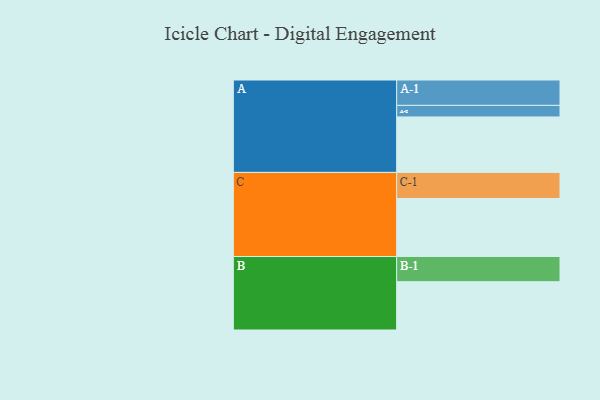
{"axis": {"x": "Segment", "y": "Value"}, "legend": ["", "A", "B", "C"], "data": [{"x": "A", "y": 566, "type": ""}, {"x": "B", "y": 493, "type": ""}, {"x": "C", "y": 592, "type": ""}, {"x": "A-1", "y": 259, "type": "A"}, {"x": "A-2", "y": 118, "type": "A"}, {"x": "B-1", "y": 257, "type": "B"}, {"x": "C-1", "y": 266, "type": "C"}]}